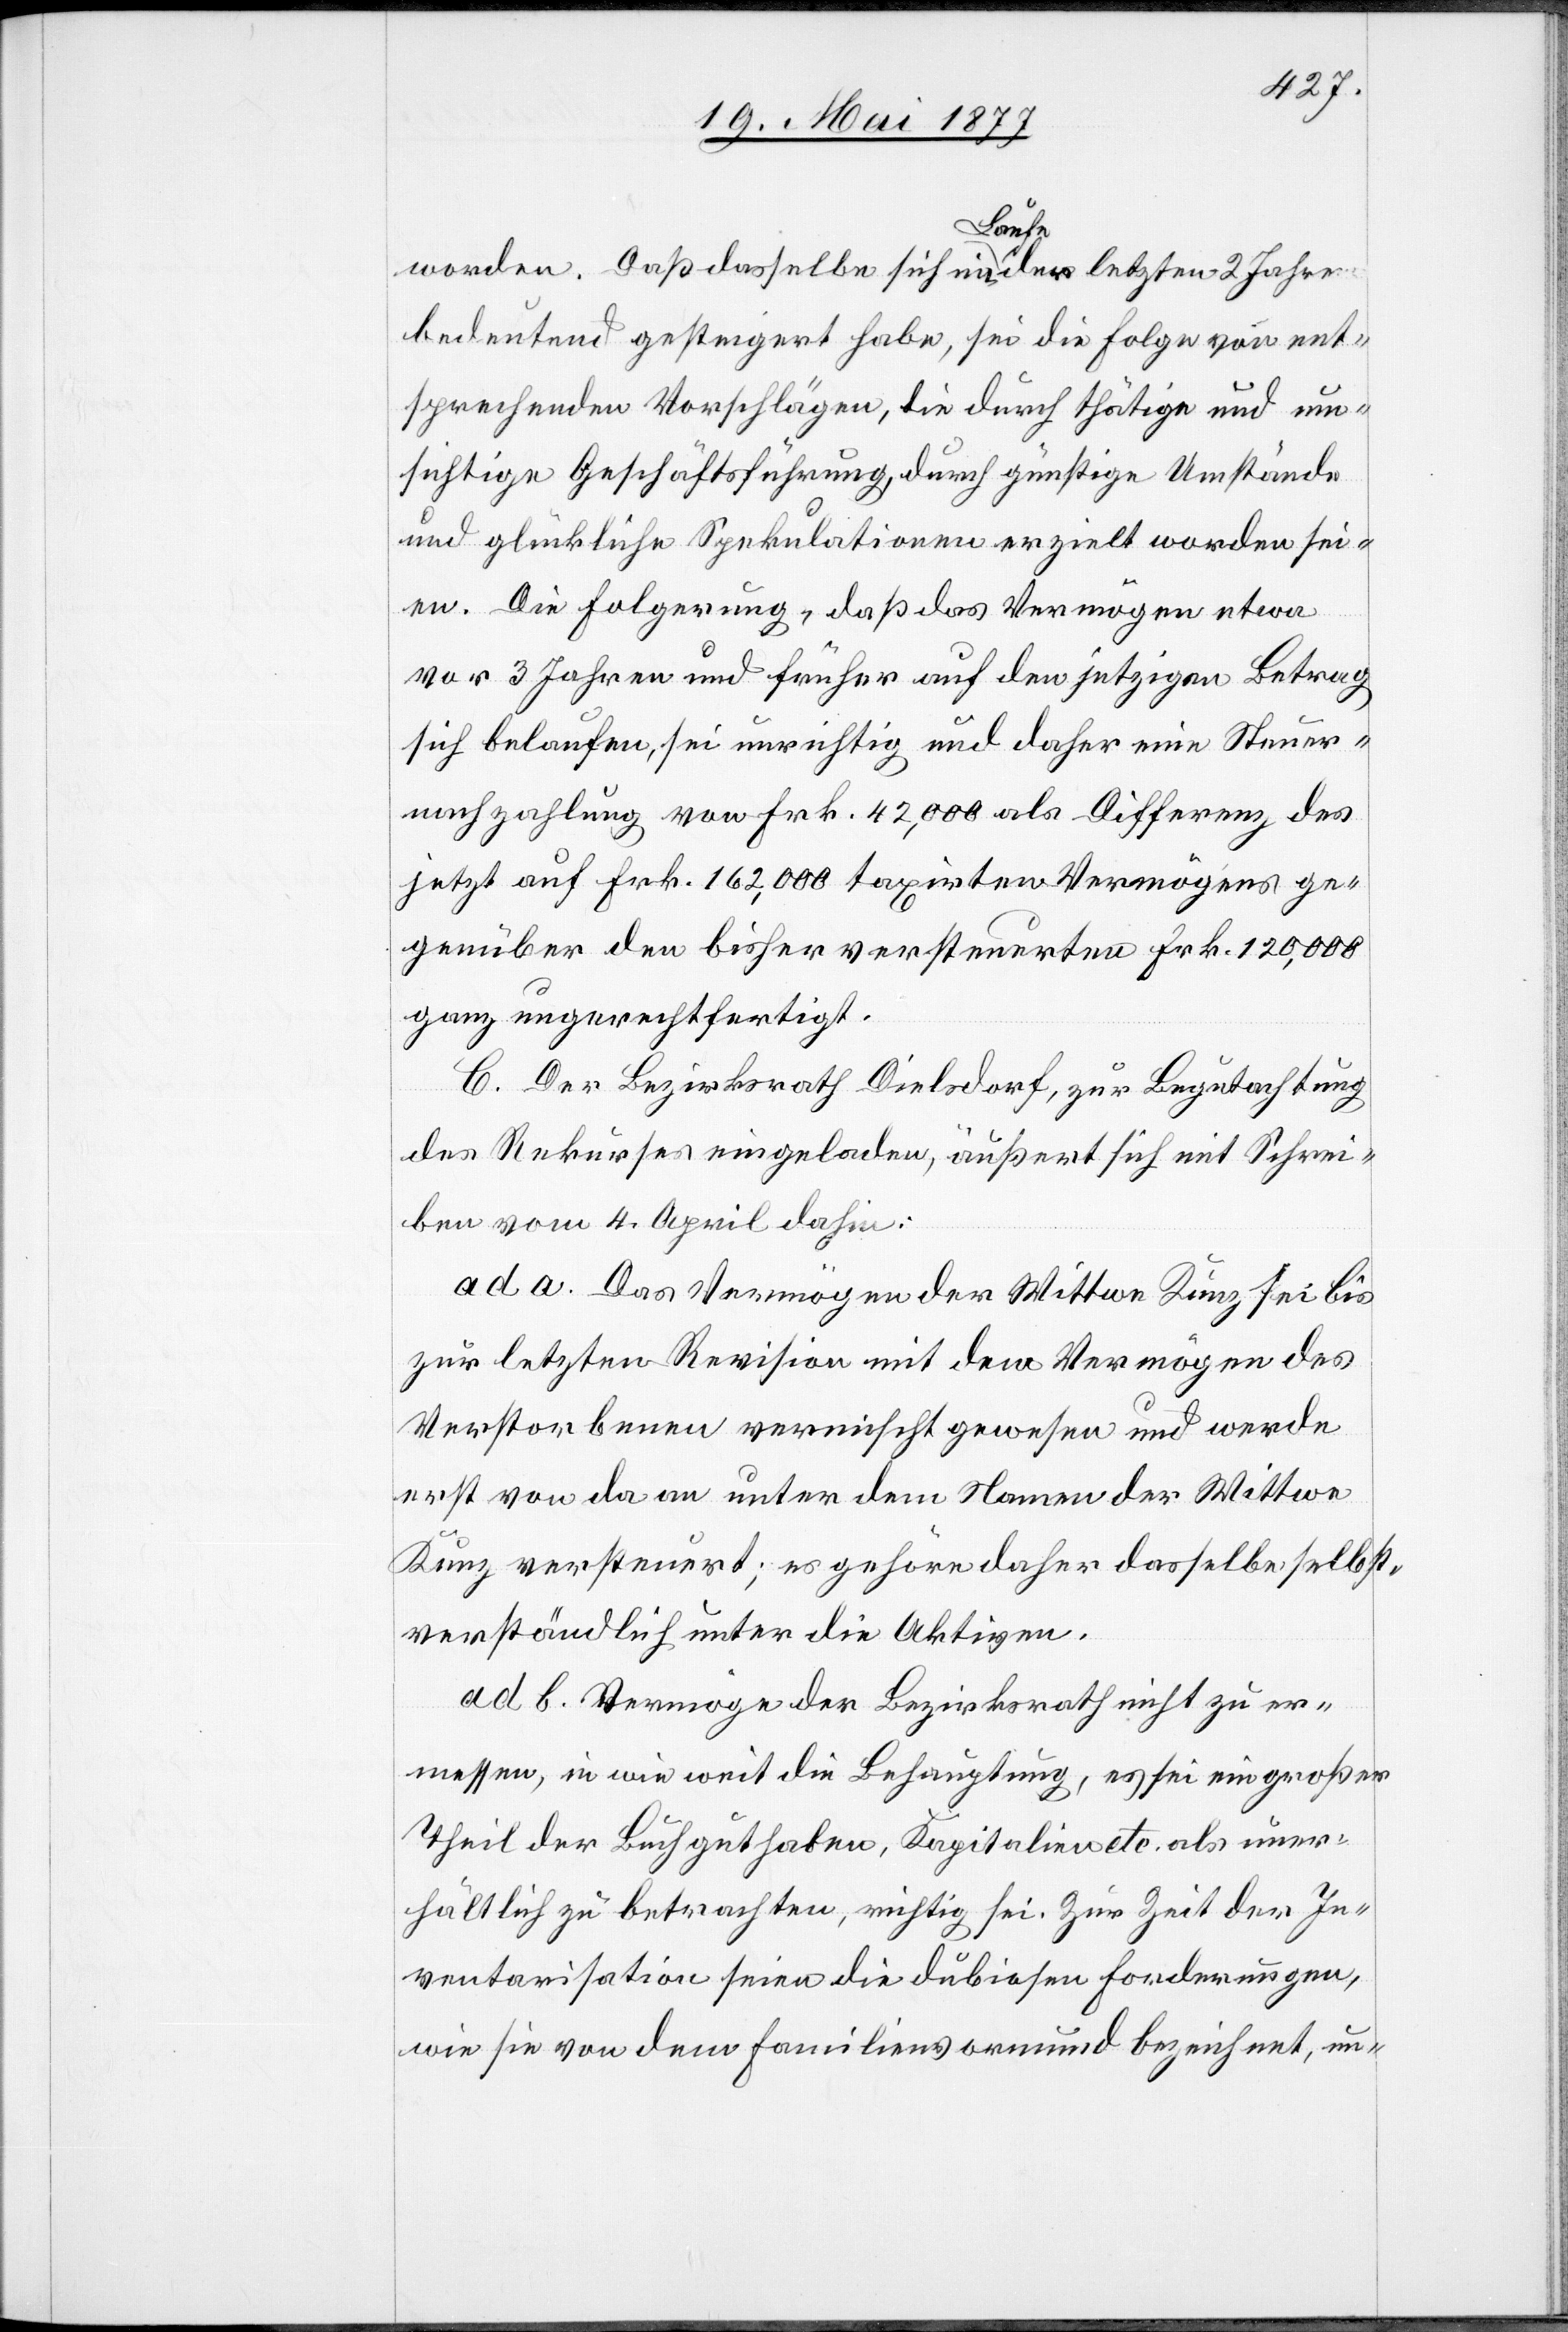
worden. Daß dasselbe sich im Laufe der letzten 2 Jahre
bedeutend gesteigert habe, sei die Folge von ent¬
sprechenden Vorschlägen, die durch thätige und um¬
sichtige Geschäftsführung, durch günstige Umstände
und glückliche Spekulationen erzielt worden sei¬
en. Die Folgerung, daß das Vermögen etwa
von 3 Jahren und früher auf den jetzigen Betrag
sich belaufen, sei unrichtig und daher eine Steuer¬
nachzahlung von Frk. 42,000 als Differenz des
jetzt auf Frk. 162,000 taxirten Vermögens ge¬
genüber den bisher versteuerten Frk. 120,000
ganz ungerechtfertigt.
C. Der Bezirksrath Dielsdorf, zur Begutachtung
des Rekurses eingeladen, äußert sich mit Schrei¬
ben vom 4. April dahin:
ad a. Das Vermögen der Wittwe Kunz sei bis
zur letzten Revision mit dem Vermögen des
Verstorbenen vermischt gewesen und werde
erst von da an unter dem Namen der Wittwe
Kunz versteuert; es gehöre daher dasselbe selbst¬
verständlich unter die Aktiven.
ad b. Vermöge der Bezirksrath nicht zu er¬
messen, in wie weit die Behauptung, es sei ein großer
Theil der Buchguthaben, Kapitalien etc. als uner¬
hältlich zu betrachten, richtig sei. Zur Zeit der In¬
ventarisation seien die dubiosen Forderungen,
wie sie von dem Familienvormund bezeichnet, un-